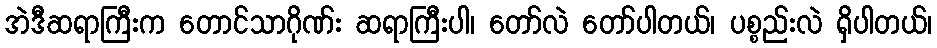
အဲဒီဆရာကြီးက တောင်သာဂိုဏ်း ဆရာကြီးပါ၊ တော်လဲ တော်ပါတယ်၊ ပစ္စည်းလဲ ရှိပါတယ်၊